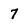
Character: 7